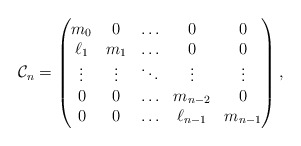
\begin{align*}\mathcal{C}_n=\begin{pmatrix}m_0 & 0 & \ldots & 0 & 0\\\ell_1 & m_1 & \ldots & 0 & 0\\\vdots & \vdots & \ddots & \vdots & \vdots\\0 & 0 & \ldots & m_{n-2} & 0\\0 & 0 & \ldots & \ell_{n-1} & m_{n-1}\end{pmatrix},\end{align*}